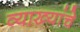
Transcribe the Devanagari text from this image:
व्याख्यांचे